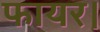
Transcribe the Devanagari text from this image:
फायर।